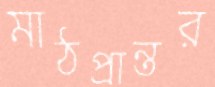
মাঠপ্রান্তর